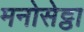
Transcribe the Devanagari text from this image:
मनोसेट्ठा